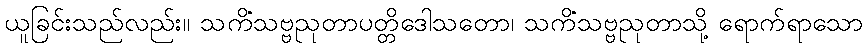
ယူခြင်းသည်လည်း။ သကိံသဗ္ဗညုတာပတ္တိဒေါသတော၊ သကိံသဗ္ဗညုတာသို့ ရောက်ရာသော